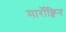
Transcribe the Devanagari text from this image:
मार्रोक्विन